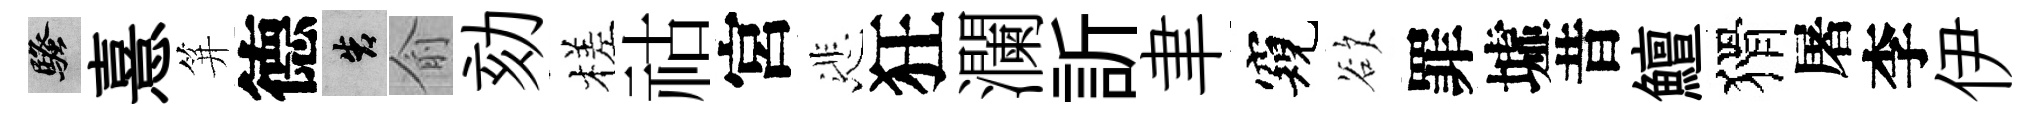
騷憙笄德告俞劾槎祜宮悲狂瀾訢聿窺欲罪墟昔鱣猾屠李伊